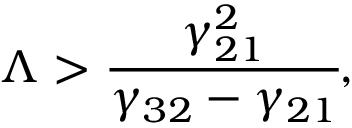
\Lambda > \cfrac { \gamma _ { 2 1 } ^ { 2 } } { \gamma _ { 3 2 } - \gamma _ { 2 1 } } ,